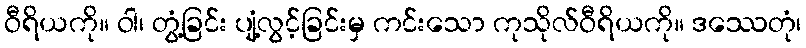
ဝီရိယကို။ ဝါ၊ တွံ့ခြင်း ပျံ့လွင့်ခြင်းမှ ကင်းသော ကုသိုလ်ဝီရိယကို။ ဒဿေတုံ၊